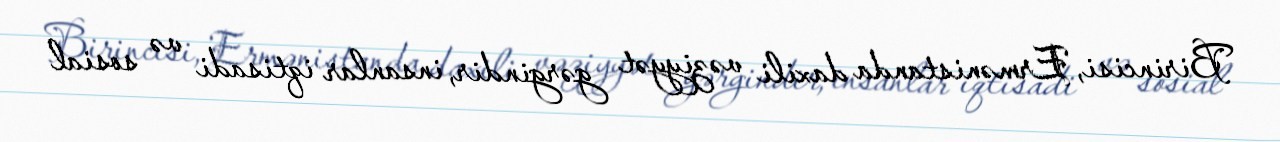
Birincisi, Ermənistanda daxili vəziyyət gərgindir, insanlar iqtisadi və sosial